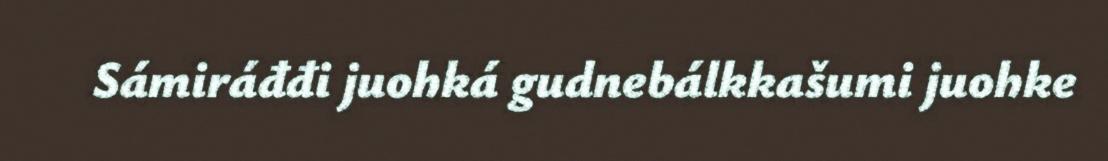
Sámiráđđi juohká gudnebálkkašumi juohke